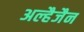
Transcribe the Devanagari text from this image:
अल्हैजैन